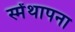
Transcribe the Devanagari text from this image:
स्मेंथापना